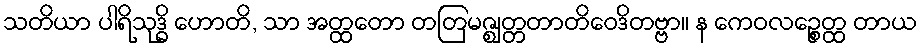
သတိယာ ပါရိသုဒ္ဓိ ဟောတိ, သာ အတ္ထတော တတြမဇ္ဈတ္တတာတိဝေဒိတဗ္ဗာ။ န ကေဝလဉ္စေတ္ထ တာယ